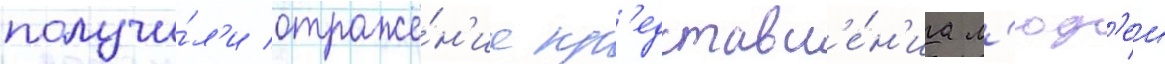
получи́л'и отраже́н'ие пр'едставл'е́н'иа л'юд'еи